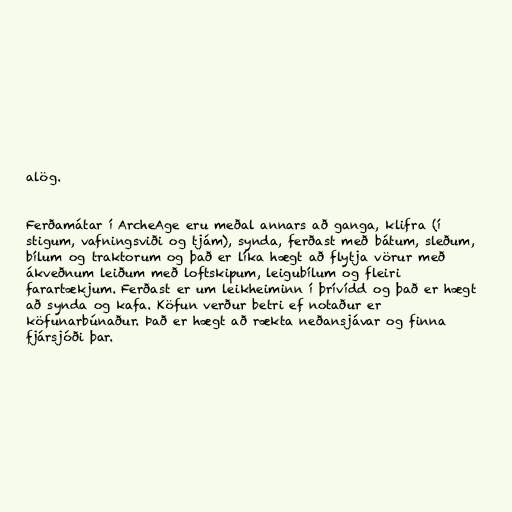
alög.

Ferðamátar í ArcheAge eru meðal annars að ganga, klifra (í
stigum, vafningsviði og tjám), synda, ferðast með bátum, sleðum,
bílum og traktorum og það er líka hægt að flytja vörur með
ákveðnum leiðum með loftskipum, leigubílum og fleiri
farartækjum. Ferðast er um leikheiminn í þrívídd og það er hægt
að synda og kafa. Köfun verður betri ef notaður er
köfunarbúnaður. Það er hægt að rækta neðansjávar og finna
fjársjóði þar.